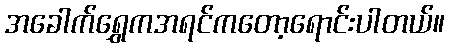
အခေါက်ရွှေကအရင်ကတော့ရောင်းပါတယ်။